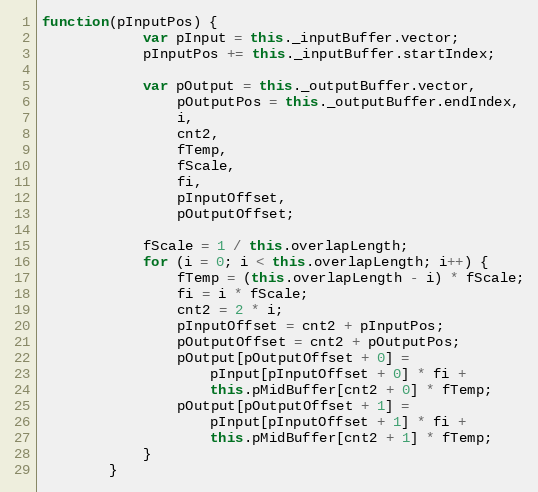
Language: JavaScript
function(pInputPos) {
            var pInput = this._inputBuffer.vector;
            pInputPos += this._inputBuffer.startIndex;

            var pOutput = this._outputBuffer.vector,
                pOutputPos = this._outputBuffer.endIndex,
                i,
                cnt2,
                fTemp,
                fScale,
                fi,
                pInputOffset,
                pOutputOffset;

            fScale = 1 / this.overlapLength;
            for (i = 0; i < this.overlapLength; i++) {
                fTemp = (this.overlapLength - i) * fScale;
                fi = i * fScale;
                cnt2 = 2 * i;
                pInputOffset = cnt2 + pInputPos;
                pOutputOffset = cnt2 + pOutputPos;
                pOutput[pOutputOffset + 0] =
                    pInput[pInputOffset + 0] * fi +
                    this.pMidBuffer[cnt2 + 0] * fTemp;
                pOutput[pOutputOffset + 1] =
                    pInput[pInputOffset + 1] * fi +
                    this.pMidBuffer[cnt2 + 1] * fTemp;
            }
        }